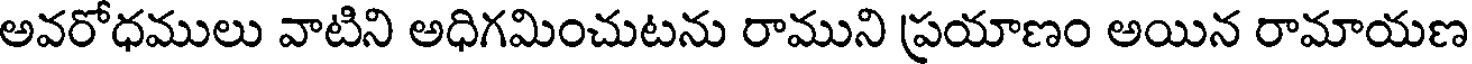
అవరోధములు వాటిని అధిగమించుటను రాముని ప్రయాణం అయిన రామాయణ